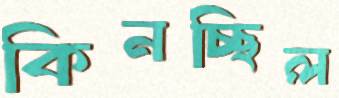
কিনচ্ছিল